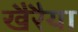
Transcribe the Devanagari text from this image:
खैरैया